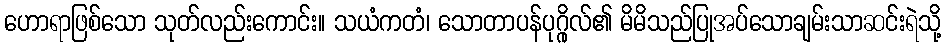
ဟောရာဖြစ်သော သုတ်လည်းကောင်း။ သယံကတံ၊ သောတာပန်ပုဂ္ဂိုလ်၏ မိမိသည်ပြုအပ်သောချမ်းသာဆင်းရဲသို့